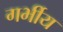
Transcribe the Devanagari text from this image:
गर्भीय